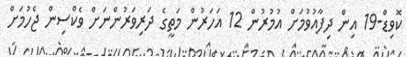
ކޮވިޑް-19 އިން ދިފާއުވުމަށް އުމުރުން 12 އަހަރުން މަތީގެ ދަރިވަރުންނަށް ވެކްސިން ޖެހުމަށް